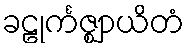
ခဠုင်္ကဇ္ဈာယိတံ